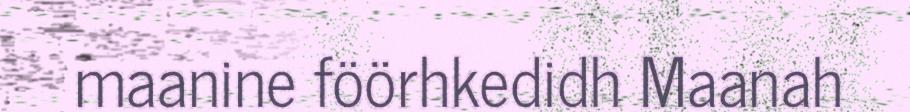
maanine föörhkedidh Maanah